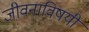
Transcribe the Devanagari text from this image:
जीवनाविषयी